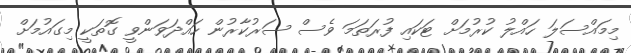
މިމައްސަލަ ހައްލު ކުރުމަށް ޓަކައި ފުރަތަމަ ވެސް ސަރުކާރުން ހައްދަވަންވީ ގޮތަކީ މިގައުމަށް